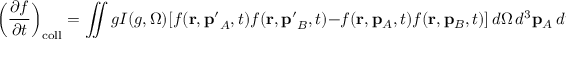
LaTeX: \left( { \frac { \partial f } { \partial t } } \right) _ { \mathrm { c o l l } } = \iint g I ( g , \Omega ) [ f ( \mathbf { r } , \mathbf { p ^ { \prime } } _ { A } , t ) f ( \mathbf { r } , \mathbf { p ^ { \prime } } _ { B } , t ) - f ( \mathbf { r } , \mathbf { p } _ { A } , t ) f ( \mathbf { r } , \mathbf { p } _ { B } , t ) ] \, d \Omega \, d ^ { 3 } \mathbf { p } _ { A } \, d ^ { 3 } \mathbf { p } _ { B } ,